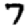
Digit: 7